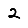
Digit: 2